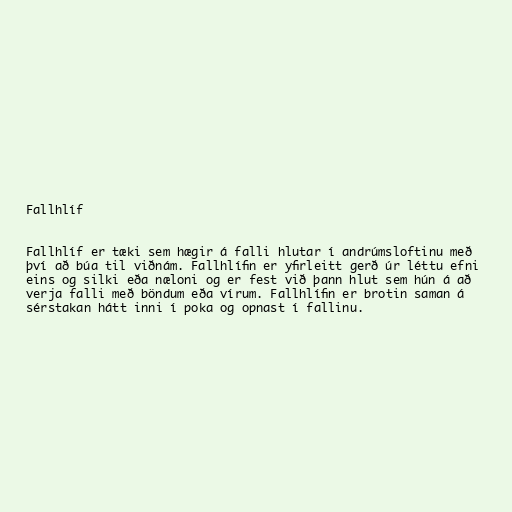
Fallhlíf

Fallhlíf er tæki sem hægir á falli hlutar í andrúmsloftinu með
því að búa til viðnám. Fallhlífin er yfirleitt gerð úr léttu efni
eins og silki eða næloni og er fest við þann hlut sem hún á að
verja falli með böndum eða vírum. Fallhlífin er brotin saman á
sérstakan hátt inni í poka og opnast í fallinu.